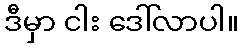
ဒီမှာ ငါး ဒေါ်လာပါ။